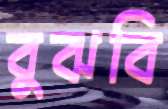
বুঝবি